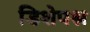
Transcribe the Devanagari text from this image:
डिशेपश्न